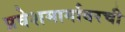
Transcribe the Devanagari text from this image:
प्रवेशमार्गावरची